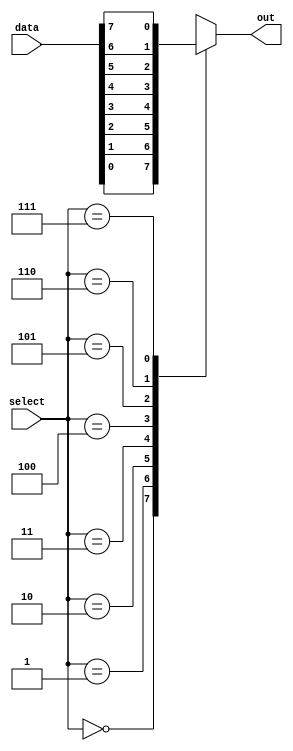
module mux_8to1 (
    input [7:0] data,
    input [2:0] select,
    output reg out
);

always @* begin
    case (select)
        3'b000: out = data[0];
        3'b001: out = data[1];
        3'b010: out = data[2];
        3'b011: out = data[3];
        3'b100: out = data[4];
        3'b101: out = data[5];
        3'b110: out = data[6];
        3'b111: out = data[7];
        default: out = 0;
    endcase
end

endmodule